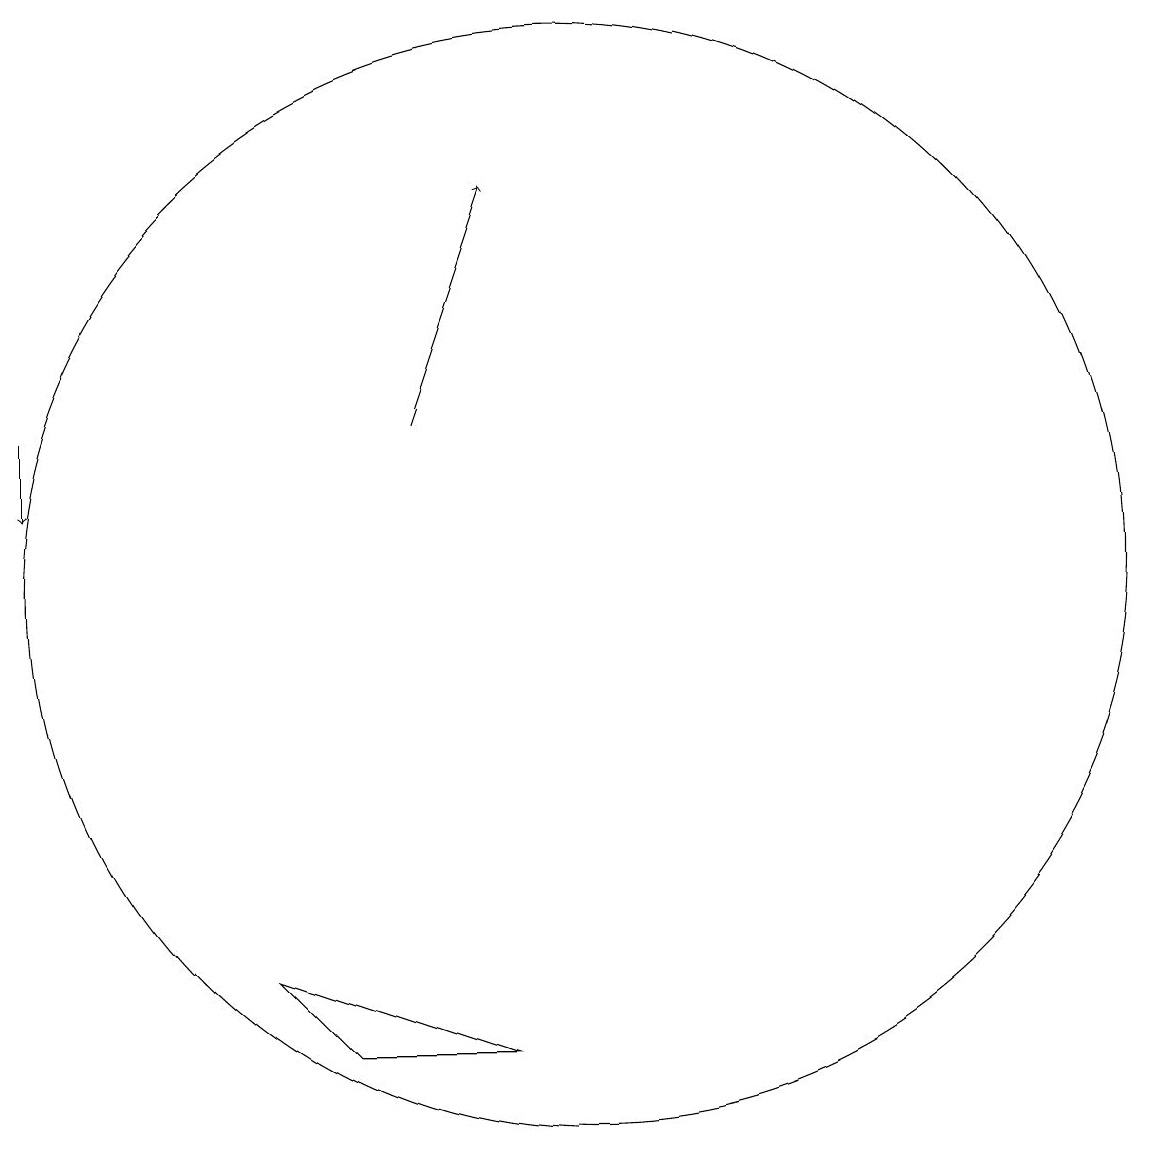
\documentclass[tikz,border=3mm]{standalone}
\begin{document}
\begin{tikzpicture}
\draw (10,12) circle (7);
\draw[->] (3,14) -- (3,13);
\draw (7,6) -- (6,7) -- (9,6) -- cycle;
\draw[->] (8,14) -- (9,17);
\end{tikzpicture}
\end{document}